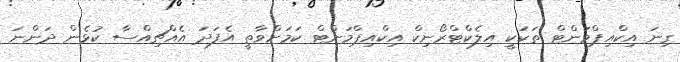
ގިނަ އިކްއިޕްމަންޓް ތަކަކީ އިލެކްޓްރޯނިކް އިކްއިޕްމަންޓް ކަމަށްވާތީ އެފަދަ އެއްޗިއްސާ ކުޅެން ދަންނަ